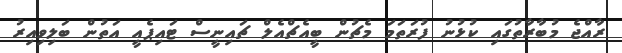
ރާއްޖެ މުބާރާތުގައި ކުޅުނު ފުރަތަމަ މެޗުން ބީއެޗްއެލް ޗައިނީސް ޓައިޕެއީ އަތުން ބަލިވިއިރު